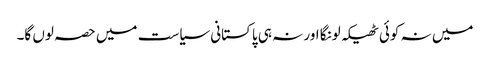
میں نہ کوئی ٹھیکہ لونگا اور نہ ہی پاکستانی سیاست میں حصہ لوں گا۔